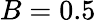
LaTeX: B=0.5